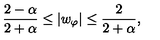
\frac { 2 - \alpha } { 2 + \alpha } \leq | w _ { \varphi } | \leq \frac { 2 } { 2 + \alpha } ,